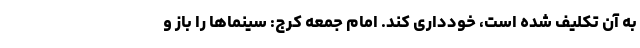
به آن تکلیف شده است، خودداری کند. امام جمعه کرج: سینماها را باز و